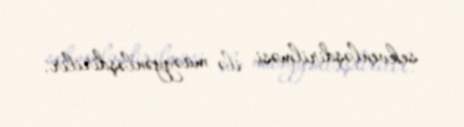
sekvenləşdirilməsi ilə müəyyənləşdirilir.